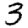
Digit: 3